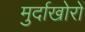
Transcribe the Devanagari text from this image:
मुर्दाखोरों